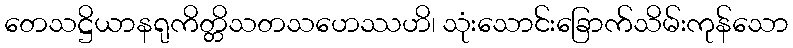
တေသဋ္ဌိယာနရုကိတ္တိသတသဟေဿဟိ၊ သုံးသောင်းခြောက်သိမ်းကုန်သော